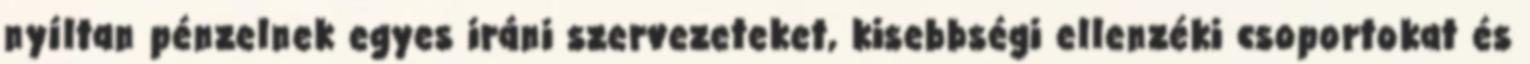
nyíltan pénzelnek egyes iráni szervezeteket, kisebbségi ellenzéki csoportokat és